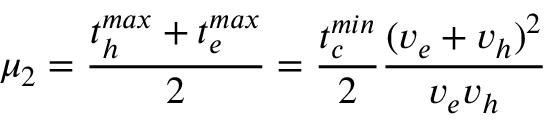
\mu _ { 2 } = \frac { t _ { h } ^ { m a x } + t _ { e } ^ { m a x } } { 2 } = \frac { t _ { c } ^ { m i n } } { 2 } \frac { ( v _ { e } + v _ { h } ) ^ { 2 } } { v _ { e } v _ { h } }